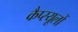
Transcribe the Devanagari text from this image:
कैप्स्यूलों